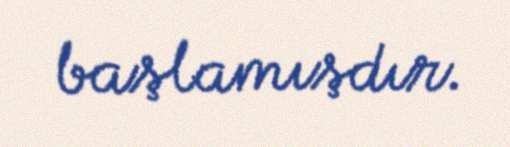
başlamışdır.